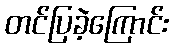
တင်ပြခဲ့ကြောင်း